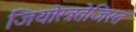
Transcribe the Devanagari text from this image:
जियोस्त्रतेजिस्त